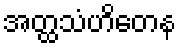
အတ္ထသံဟိတေန